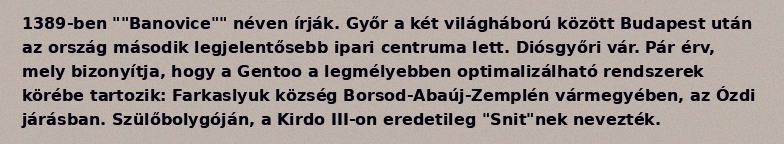
1389-ben ""Banovice"" néven írják. Győr a két világháború között Budapest után az ország második legjelentősebb ipari centruma lett. Diósgyőri vár. Pár érv, mely bizonyítja, hogy a Gentoo a legmélyebben optimalizálható rendszerek körébe tartozik: Farkaslyuk község Borsod-Abaúj-Zemplén vármegyében, az Ózdi járásban. Szülőbolygóján, a Kirdo III-on eredetileg "Snit"nek nevezték.